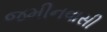
જમીનવાસી